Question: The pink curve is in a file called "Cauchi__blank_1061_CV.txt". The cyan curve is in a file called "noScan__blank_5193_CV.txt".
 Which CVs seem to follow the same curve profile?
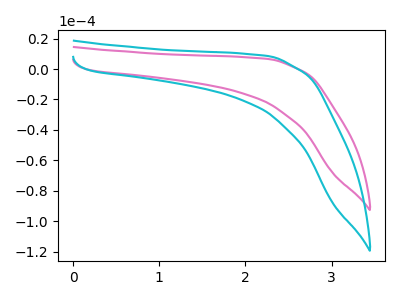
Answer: <think>The pink curve "blank1" has no peaks. The cyan curve "blank2" has no peaks.
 Neither "blank1" or "blank2" have any peaks.</think>
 <answer>"blank1" and "blank2" have the same shape and are likely CV's of the same chemical.</answer>
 <eval>"blank1" "blank2"</eval>